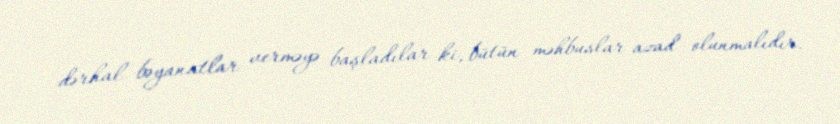
dərhal bəyanatlar verməyə başladılar ki, bütün məhbuslar azad olunmalıdır.